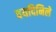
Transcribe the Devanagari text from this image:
वयदिनिले